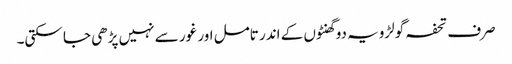
صرف تحفہ گولڑویہ دو گھنٹوں کے اندر تامل اور غور سے نہیں پڑھی جا سکتی۔